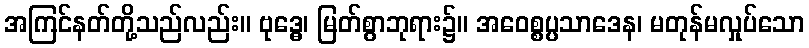
အကြင်နတ်တို့သည်လည်း။ ဗုဒ္ဓေ၊ မြတ်စွာဘုရား၌။ အဝေစ္စပ္ပသာဒေန၊ မတုန်မလှုပ်သော